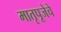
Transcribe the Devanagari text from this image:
मातृपूजेचे